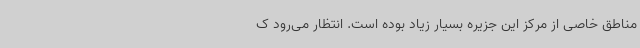
مناطق خاصی از مرکز این جزیره بسیار زیاد بوده است. انتظار می‌رود ک